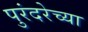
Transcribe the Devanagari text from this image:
पुरंदरेच्या